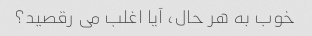
خوب به هر حال، آیا اغلب می رقصید؟